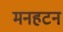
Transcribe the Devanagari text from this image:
मनहटन